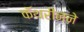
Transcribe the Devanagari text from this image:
कॅथरीनने